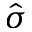
\hat { \sigma }